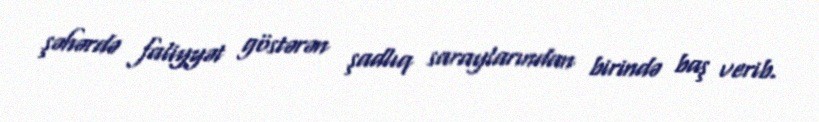
şəhərdə faliyyət göstərən şadlıq saraylarından birində baş verib.